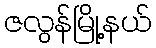
ဇလွန်မြို့နယ်